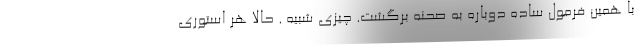
با همین فرمول ساده دوباره به صحنه برگشت. چیزی شبیه . حالا هر استوری